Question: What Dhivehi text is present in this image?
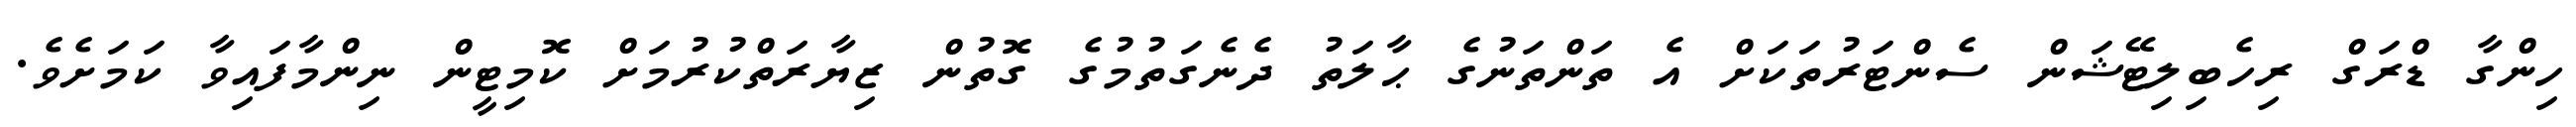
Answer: ހިންގާ ޑްރަގް ރިހެބިލިޓޭޝަން ސެންޓަރުތަކަށް އެ ތަންތަނުގެ ޙާލަތު ދެނެގަތުމުގެ ގޮތުން ޒިޔާރަތްކުރުމަށް ކޮމިޓީން ނިންމާފައިވާ ކަމަށެވެ.